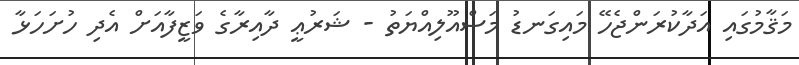
މަޤާމުގައި އަދާކުރަންޖެހޭ މައިގަނޑު މަސްއޫލިއްޔަތު - ޝަރުޢީ ދާއިރާގެ ވަޒީފާއަށް އެދި ހުށަހަޅާ